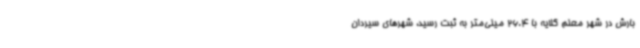
بارش در شهر معلم کلایه با 26.4 میلی‌متر به ثبت رسید، شهرهای سیردان